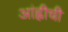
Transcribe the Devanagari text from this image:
आंह्वीची